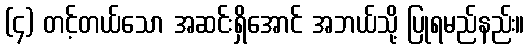
(၄) တင့်တယ်သော အဆင်းရှိအောင် အဘယ်သို့ ပြုရမည်နည်း။